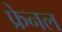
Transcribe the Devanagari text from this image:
फ्रेनल